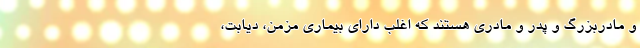
و مادربزرگ و پدر و مادری هستند که اغلب دارای بیماری مزمن، دیابت،